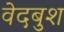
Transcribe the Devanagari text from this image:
वेदबुश